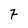
Character: 7